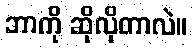
ဘာကို ဆိုလိုတာလဲ။